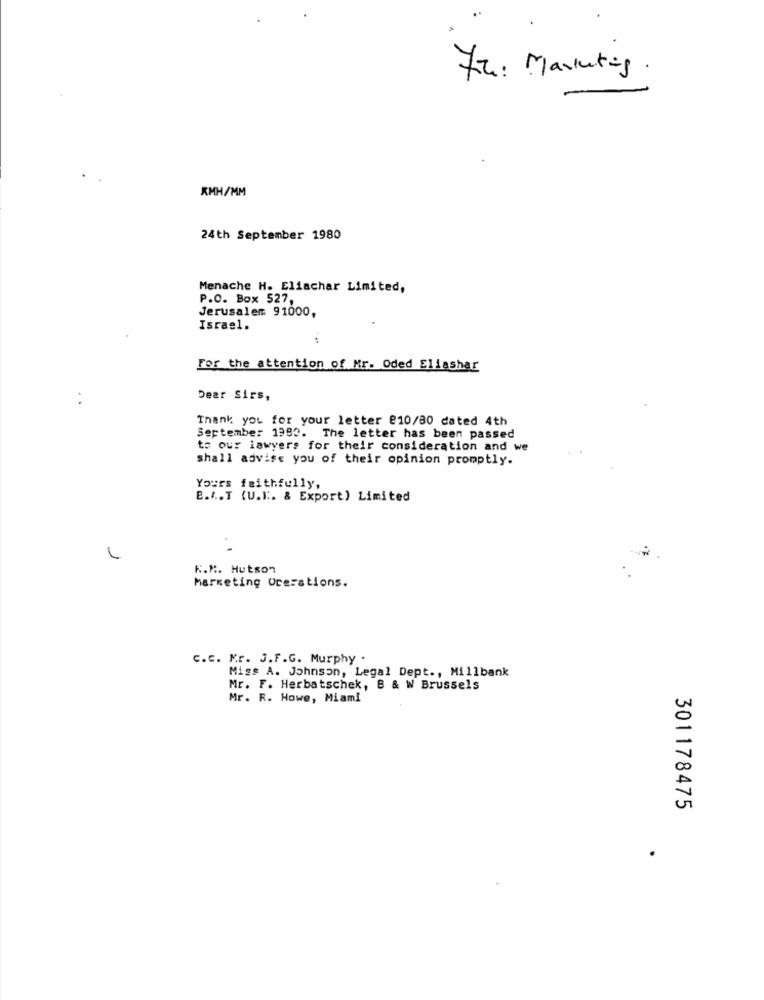
72: Marketing
KMH/MM
24th September 1980
Menache H. Eliachar Limited,
P.O. Box 527,
Jerusalem 91000,
Israel.
For the attention of Mr. Oded Eliashar
Dear Sirs,
Thank you for your letter @10/80 dated 4th
September 1990. The letter has been passed
to our lawyers for their consideration and we
shall advise you of their opinion promptly.
Yours faithfully,
B.L.T (U.K. & Export) Limited
K.K. Hutson
Marketing Operations.
c.C. K.r. J.F.G. Murphy .
Migs A. Johnson, Legal Dept ., Millbank
Mr. F. Herbatschek, B & W Brussels
Mr. R. Howe, Miami
301178475
.